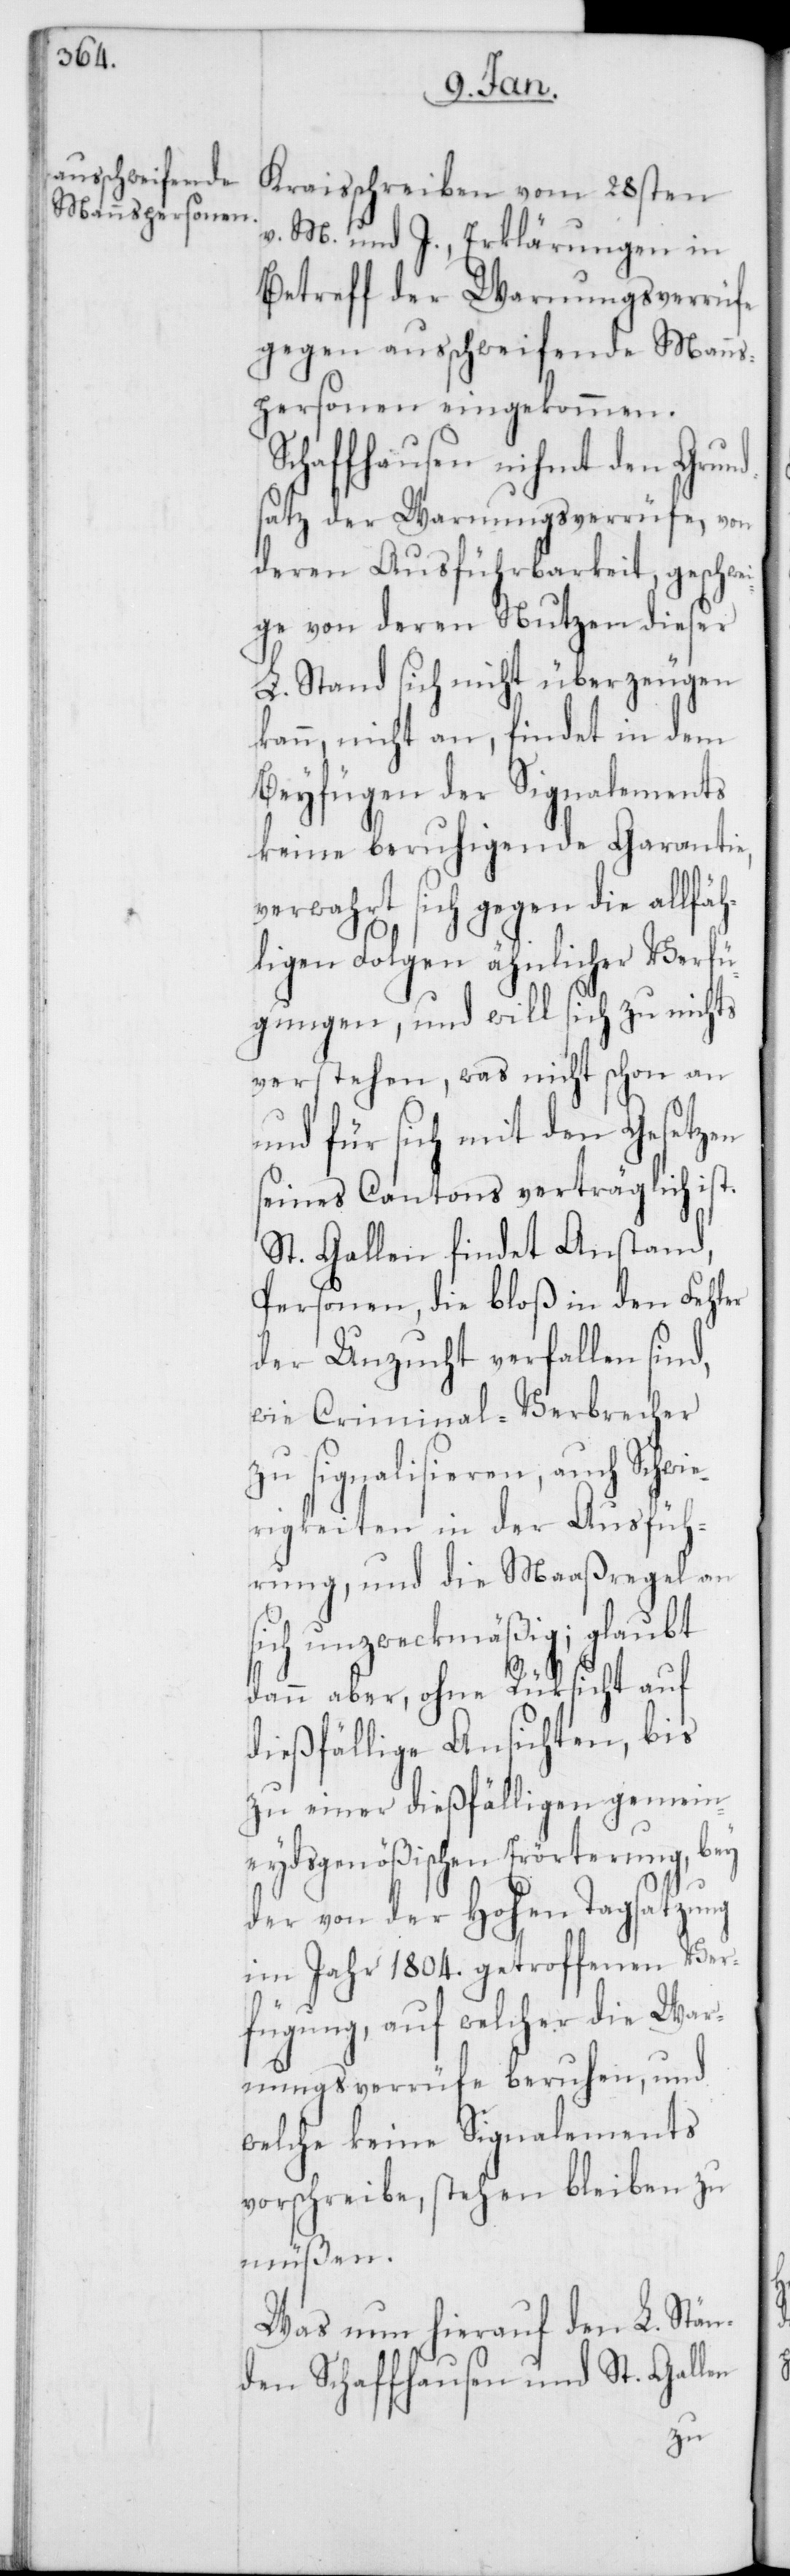
Kraisschreiben vom 28sten
v. M. und J., Erklärungen in
Betreff der Warnungsverrüfe
gegen ausschweifende Manns¬
personen eingekommen.
Schaffhausen nihmt den Grund¬
satz der Warnungsverrüfe, von
deren Ausführbarkeit, geschwe¬
ige von deren Nutzen dieser
L. Stand sich nicht überzeugen
kann, nicht an, findet in dem
Beyfügen der Signalements
keine beruhigende Garantie,
verwahrt sich gegen die allfä¬
hligen Folgen ähnlicher Verfü¬
gungen, und will sich zu nichts
verstehen, was nicht schon an
und für sich mit den Gesetzen
seines Cantons verträglich ist.
St. Gallen findet Anstand,
Personen, die bloß in den Fehler
der Unzucht verfallen sind,
wie Criminal-Verbrecher
signalisieren, auch Schwi¬
erigkeiten in der Ausfüh¬
rung, und die Maaßregel an
sich unzweckmäßig; glaubt
dann aber, ohne Rüksicht auf
dießfällige Ansichten, bis
zu einer dießfälligen gemein¬
eydsgenößischen Erörterung, bey
der von der Hohen Tagsatzung
im Jahr 1804. getroffenen Ver¬
fügung, auf welcher die War¬
nungsverrüfe beruhen, und
welche keine Signalements
vorschreibe, stehen bleiben zu
müßen.
Was nun hierauf den L. Stän¬
den Schaffhausen und St. Gallen
zu